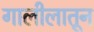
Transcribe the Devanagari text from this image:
गालीलातून